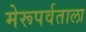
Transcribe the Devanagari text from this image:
मेरूपर्वताला